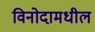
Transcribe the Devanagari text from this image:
विनोदामधील